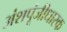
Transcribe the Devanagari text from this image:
अंशपूंजीधारक